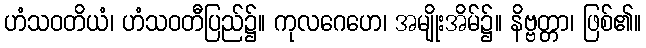
ဟံသဝတိယံ၊ ဟံသဝတီပြည်၌။ ကုလဂေဟေ၊ အမျိုးအိမ်၌။ နိဗ္ဗတ္တာ၊ ဖြစ်၏။